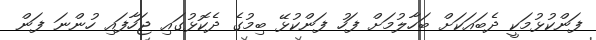
ފަންކުޅުމަކީ ދެބައަކަށް ބަހާލުމަށް ފަހު ފަންކުޅޭ ބިމުގެ ދެކޮޅުގައި ޖަހާފައި ހުންނަ ފަން